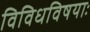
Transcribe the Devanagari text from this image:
विविधविषयाः